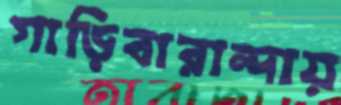
গাড়িবারান্দায়